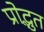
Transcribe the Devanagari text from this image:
प्रोद्भुत